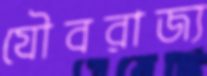
যৌবরাজ্য